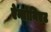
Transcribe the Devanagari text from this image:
ऐन्तोनिएट